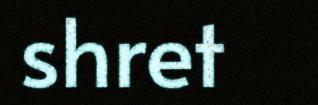
shret